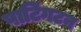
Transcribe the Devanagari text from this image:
पाटिंगटन